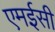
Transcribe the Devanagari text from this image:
एमईसी